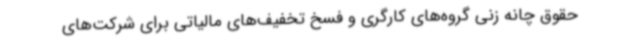
حقوق چانه زنی گروه‌های کارگری و فسخ تخفیف‌های مالیاتی برای شرکت‌های